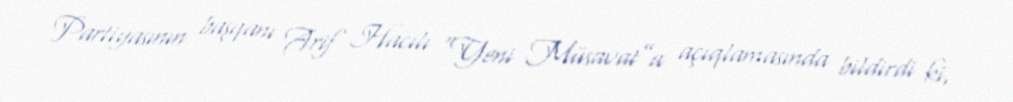
Partiyasının başqanı Arif Hacılı “Yeni Müsavat”a açıqlamasında bildirdi ki,